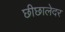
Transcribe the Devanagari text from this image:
छीछालेदर